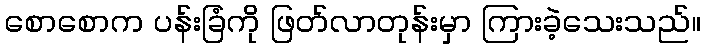
စောစောက ပန်းခြံကို ဖြတ်လာတုန်းမှာ ကြားခဲ့သေးသည်။